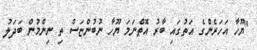
"ޔޫހާ އަހަރެންގެ އަތުގައި ބާރު އޮތްނަމަ ޔޫހާ ނުބުންޏަސް ތި ނިންމުން ބަދަލު